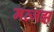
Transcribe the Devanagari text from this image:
मत्जझ